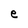
Character: e